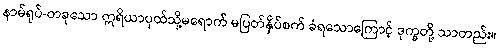
နာမ်ရုပ်-တခုသော ဣရိယာပုထ်သို့မရောက် မပြတ်နှိပ်စက် ခံရသောကြောင့် ဒုက္ခတို့ သာတည်း။